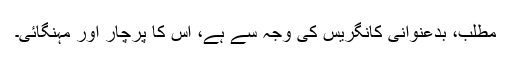
مطلب، بدعنوانی کانگریس کی وجہ سے ہے، اس کا پرچار اور مہنگائی۔